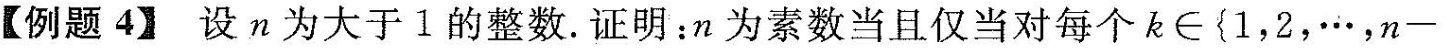
【例题4】设n为大于1的整数。证明：n为素数当且仅当对每个k∈{1，2，…，n一